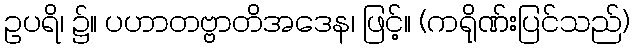
ဥပရိ၊ ၌။ ပဟာတဗ္ဗာတိအဒေန၊ ဖြင့်။ (ကရိုဏ်းပြင်သည်)